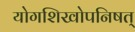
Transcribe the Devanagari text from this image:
योगशिखोपनिषत्‌